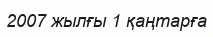
2007 жылғы 1 қаңтарға